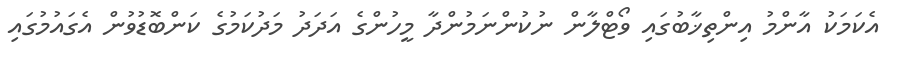
އެކަމަކު އާންމު އިންތިޚާބުގައި ވޯޓްލާން ނުކުންނަމުންދާ މީހުންގެ އަދަދު މަދުކަމުގެ ކަންބޮޑުވުން އެގައުމުގައި